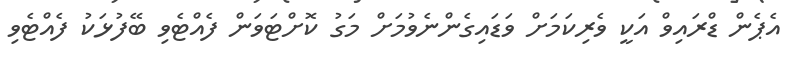
އެޕެން ޑްރައިވް އަކީ ވެރިކަމަށް ވަޑައިގެންނެވުމަށް މަގު ކޮށްޓަވަން ފެއްޓެވި ބޭފުޅަކު ފެއްޓެވި